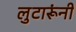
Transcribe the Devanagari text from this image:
लुटारूंनी